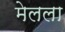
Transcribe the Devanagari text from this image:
मेलला